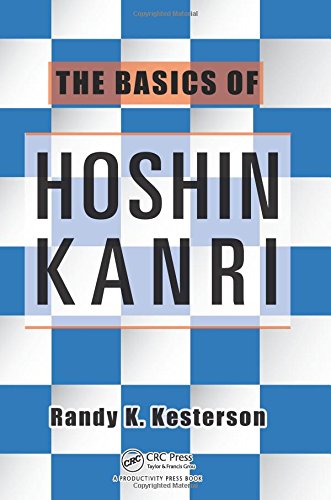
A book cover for The Basics of Hoshin Kanri; Randy K. Kesterson; Business & Money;